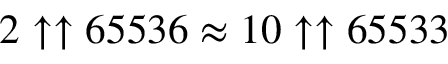
2 \uparrow \uparrow 6 5 5 3 6 \approx 1 0 \uparrow \uparrow 6 5 5 3 3